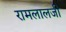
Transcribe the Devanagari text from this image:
रामलालजी